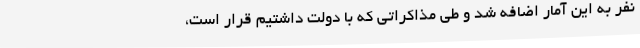
نفر به این آمار اضافه شد و طی مذاکراتی که با دولت داشتیم قرار است،